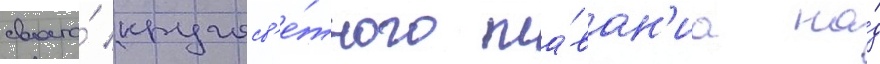
своего́ кругосв'е́тного пла́ван'иа на́д